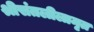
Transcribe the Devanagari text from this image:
श्रीसंतलीलामृत